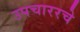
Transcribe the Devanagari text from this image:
उपचाररचे